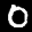
Label: 0